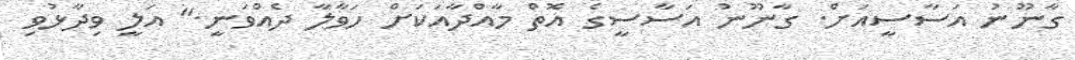
ގާނޫނު އަސާސީއަށް. ގާނޫނު އަސާސީގެ އޮތް މާއްދާއަކަށް ހަވާލާ ދެއްވަނީ." އަލީ ވިދާޅުވި